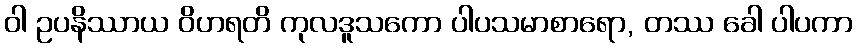
ဝါ ဥပနိဿာယ ဝိဟရတိ ကုလဒူသကော ပါပသမာစာရော, တဿ ခေါ ပါပကာ